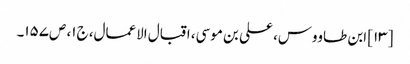
[۱۳] ابن طاووس، علی بن موسی، اقبال الاعمال، ج‌۱، ص‌۱۵۷۔